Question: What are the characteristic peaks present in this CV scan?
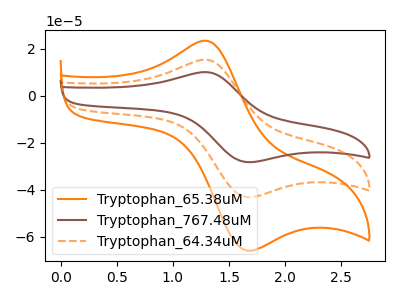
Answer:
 <answer>The orange curve "Tryptophan_65.38uM" has an anodic peak at (1.30V, 23.45uA) and a cathodic peak at (1.65V, -65.70uA). The brown curve "Tryptophan_767.48uM" has an anodic peak at (1.30V, 30.70uA) and a cathodic peak at (1.65V, -86.00uA). The orange dashed curve "Tryptophan_64.34uM" has an anodic peak at (1.30V, 15.35uA) and a cathodic peak at (1.65V, -43.00uA).</answer>
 <eval></eval>